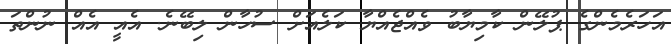
އަހަރެމެންގެ ޕުލޭން ކާމިޔާބު ވެއްޖެއްޔާ ކަލެއަށް ސުހާން ލިބޭނެ. އެއީ އެއް ނުންތަ